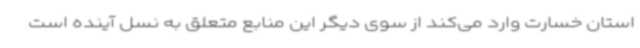
استان خسارت وارد می‌کند از سوی دیگر این منابع متعلق به نسل آینده است